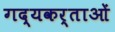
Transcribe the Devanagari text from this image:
गद्यकर्ताओं